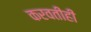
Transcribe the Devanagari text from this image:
करवतीही